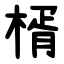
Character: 楈